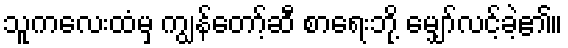
သူကလေးထံမှ ကျွန်တော့်ဆီ စာရေးဘို့ မျှော်လင့်ခဲ့၏။